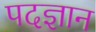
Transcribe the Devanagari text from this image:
पदज्ञान